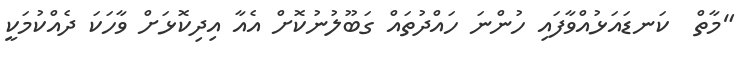
"މާތް  ކަނޑައަޅުއްވާފައި ހުންނަ ހައްދުތައް ގަބޫލުނުކޮށް އެއާ އިދިކޮޅަށް ވާހަކަ ދެއްކުމަކީ